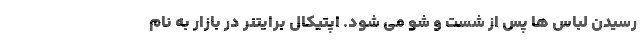
رسیدن لباس ها پس از شست و شو می شود. اپتیکال برایتنر در بازار به نام